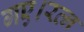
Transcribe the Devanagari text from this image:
गए।रत्न